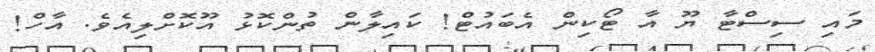
މައި ސިސްޓާ ޔޫ އާ ޓޯކިން އެބައުޓް! ކައިލާން ތުންކޮޅު އޫކޮށްލިއެވެ. އާހް!